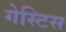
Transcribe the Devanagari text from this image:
गेस्टिस